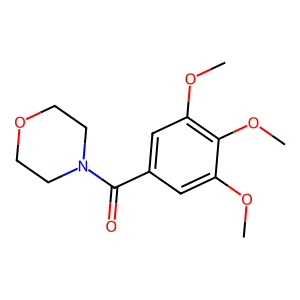
SMILES: COc1cc(C(=O)N2CCOCC2)cc(OC)c1OC
Inhibits HIV replication: No